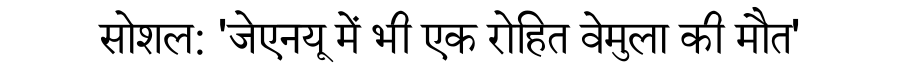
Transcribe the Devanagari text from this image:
सोशल: 'जेएनयू में भी एक रोहित वेमुला की मौत'